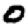
Digit: 0